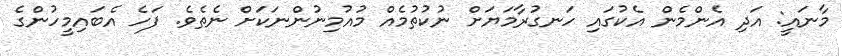
މާނައީ: އަދި އެންމެން އެކުގައި ހަނގުރާމަޔަށް ނުކުތުމެއް މުއުމިނުންނަކަށް ނެތެވެ. ފަހެ އެބައިމީހުންގެ